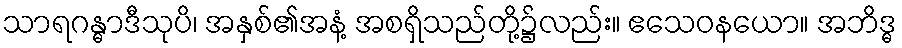
သာရဂန္ဓာဒီသုပိ၊ အနှစ်၏အနံ့ အစရှိသည်တို့၌လည်း။ ဧသေဝနယော။ အဘိဒ္ဓ